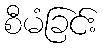
စီမံခြင်း